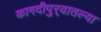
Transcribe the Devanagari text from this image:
कागदीपुर्‍यातल्या